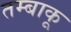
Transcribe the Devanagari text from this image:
तम्‍बाकू